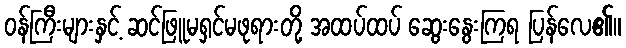
ဝန်ကြီးများနှင့် ဆင်ဖြူမရှင်မဖုရားတို့ အထပ်ထပ် ဆွေးနွေးကြရ ပြန်လေ၏။